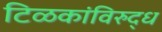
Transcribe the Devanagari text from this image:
टिळकांविरुद्ध